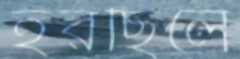
হরছিলে